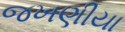
જખણીયા